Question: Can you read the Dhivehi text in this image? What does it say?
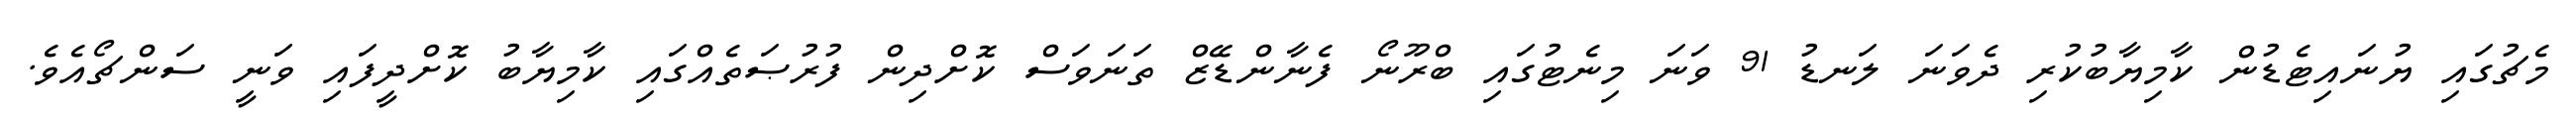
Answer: މެޗުގައި ޔުނައިޓެޑުން ކާމިޔާބުކުރި ދެވަނަ ލަނޑު 91 ވަނަ މިނެޓުގައި ބްރޫނޯ ފެނާންޑޭޒް ތަނަވަސް ކޮށްދިން ފުރުޞަތެއްގައި ކާމިޔާބު ކޮށްދީފައި ވަނީ ސަންޗޯއެވެ.